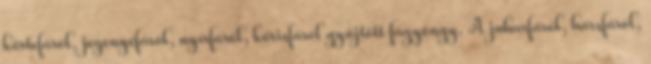
körtefáról, jegenyefáról, nyírfáról, kőrisfáról gyűjtött fagyöngy. A juharfáról, hársfáról,